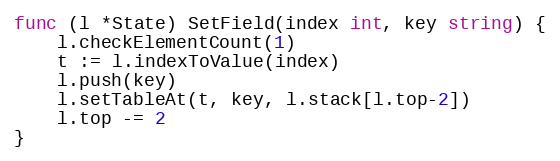
Language: Go
func (l *State) SetField(index int, key string) {
	l.checkElementCount(1)
	t := l.indexToValue(index)
	l.push(key)
	l.setTableAt(t, key, l.stack[l.top-2])
	l.top -= 2
}